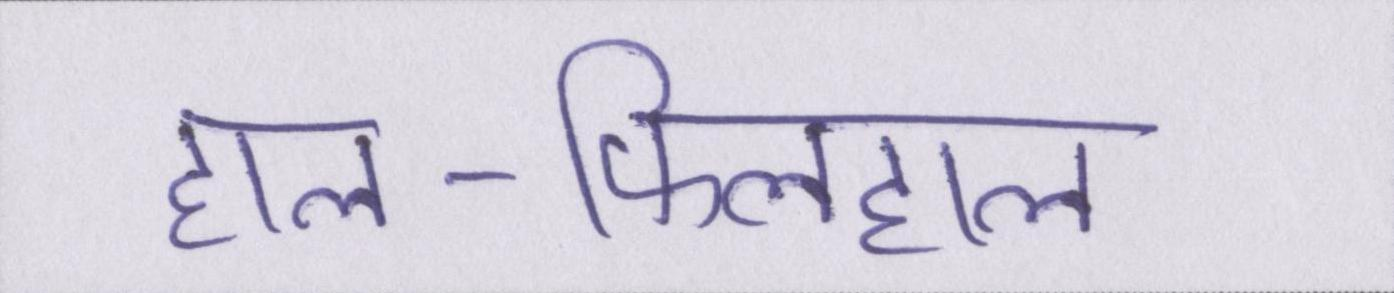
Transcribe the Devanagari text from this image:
हाल-फिलहाल